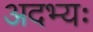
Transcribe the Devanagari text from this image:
अदभ्यः